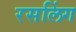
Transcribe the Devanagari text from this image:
रसलिंग